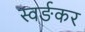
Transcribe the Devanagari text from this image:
स्वर्ङकर